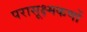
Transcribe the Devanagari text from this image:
परासूक्ष्मकणों